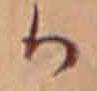
か